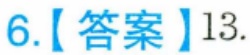
6.【答案】13.